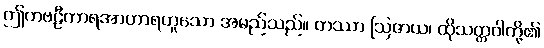
ဤကဗဠီကာရအာဟာရဟူသော အမည်သည်။ တဿာ ဩဇာယ၊ ထိုသတ္တဝါတို့၏